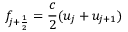
f _ { j + \frac { 1 } { 2 } } = \frac { c } { 2 } ( u _ { j } + u _ { j + 1 } )